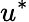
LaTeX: u^{*}